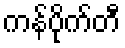
ကန်ပိုက်တီ